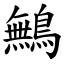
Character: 鷡